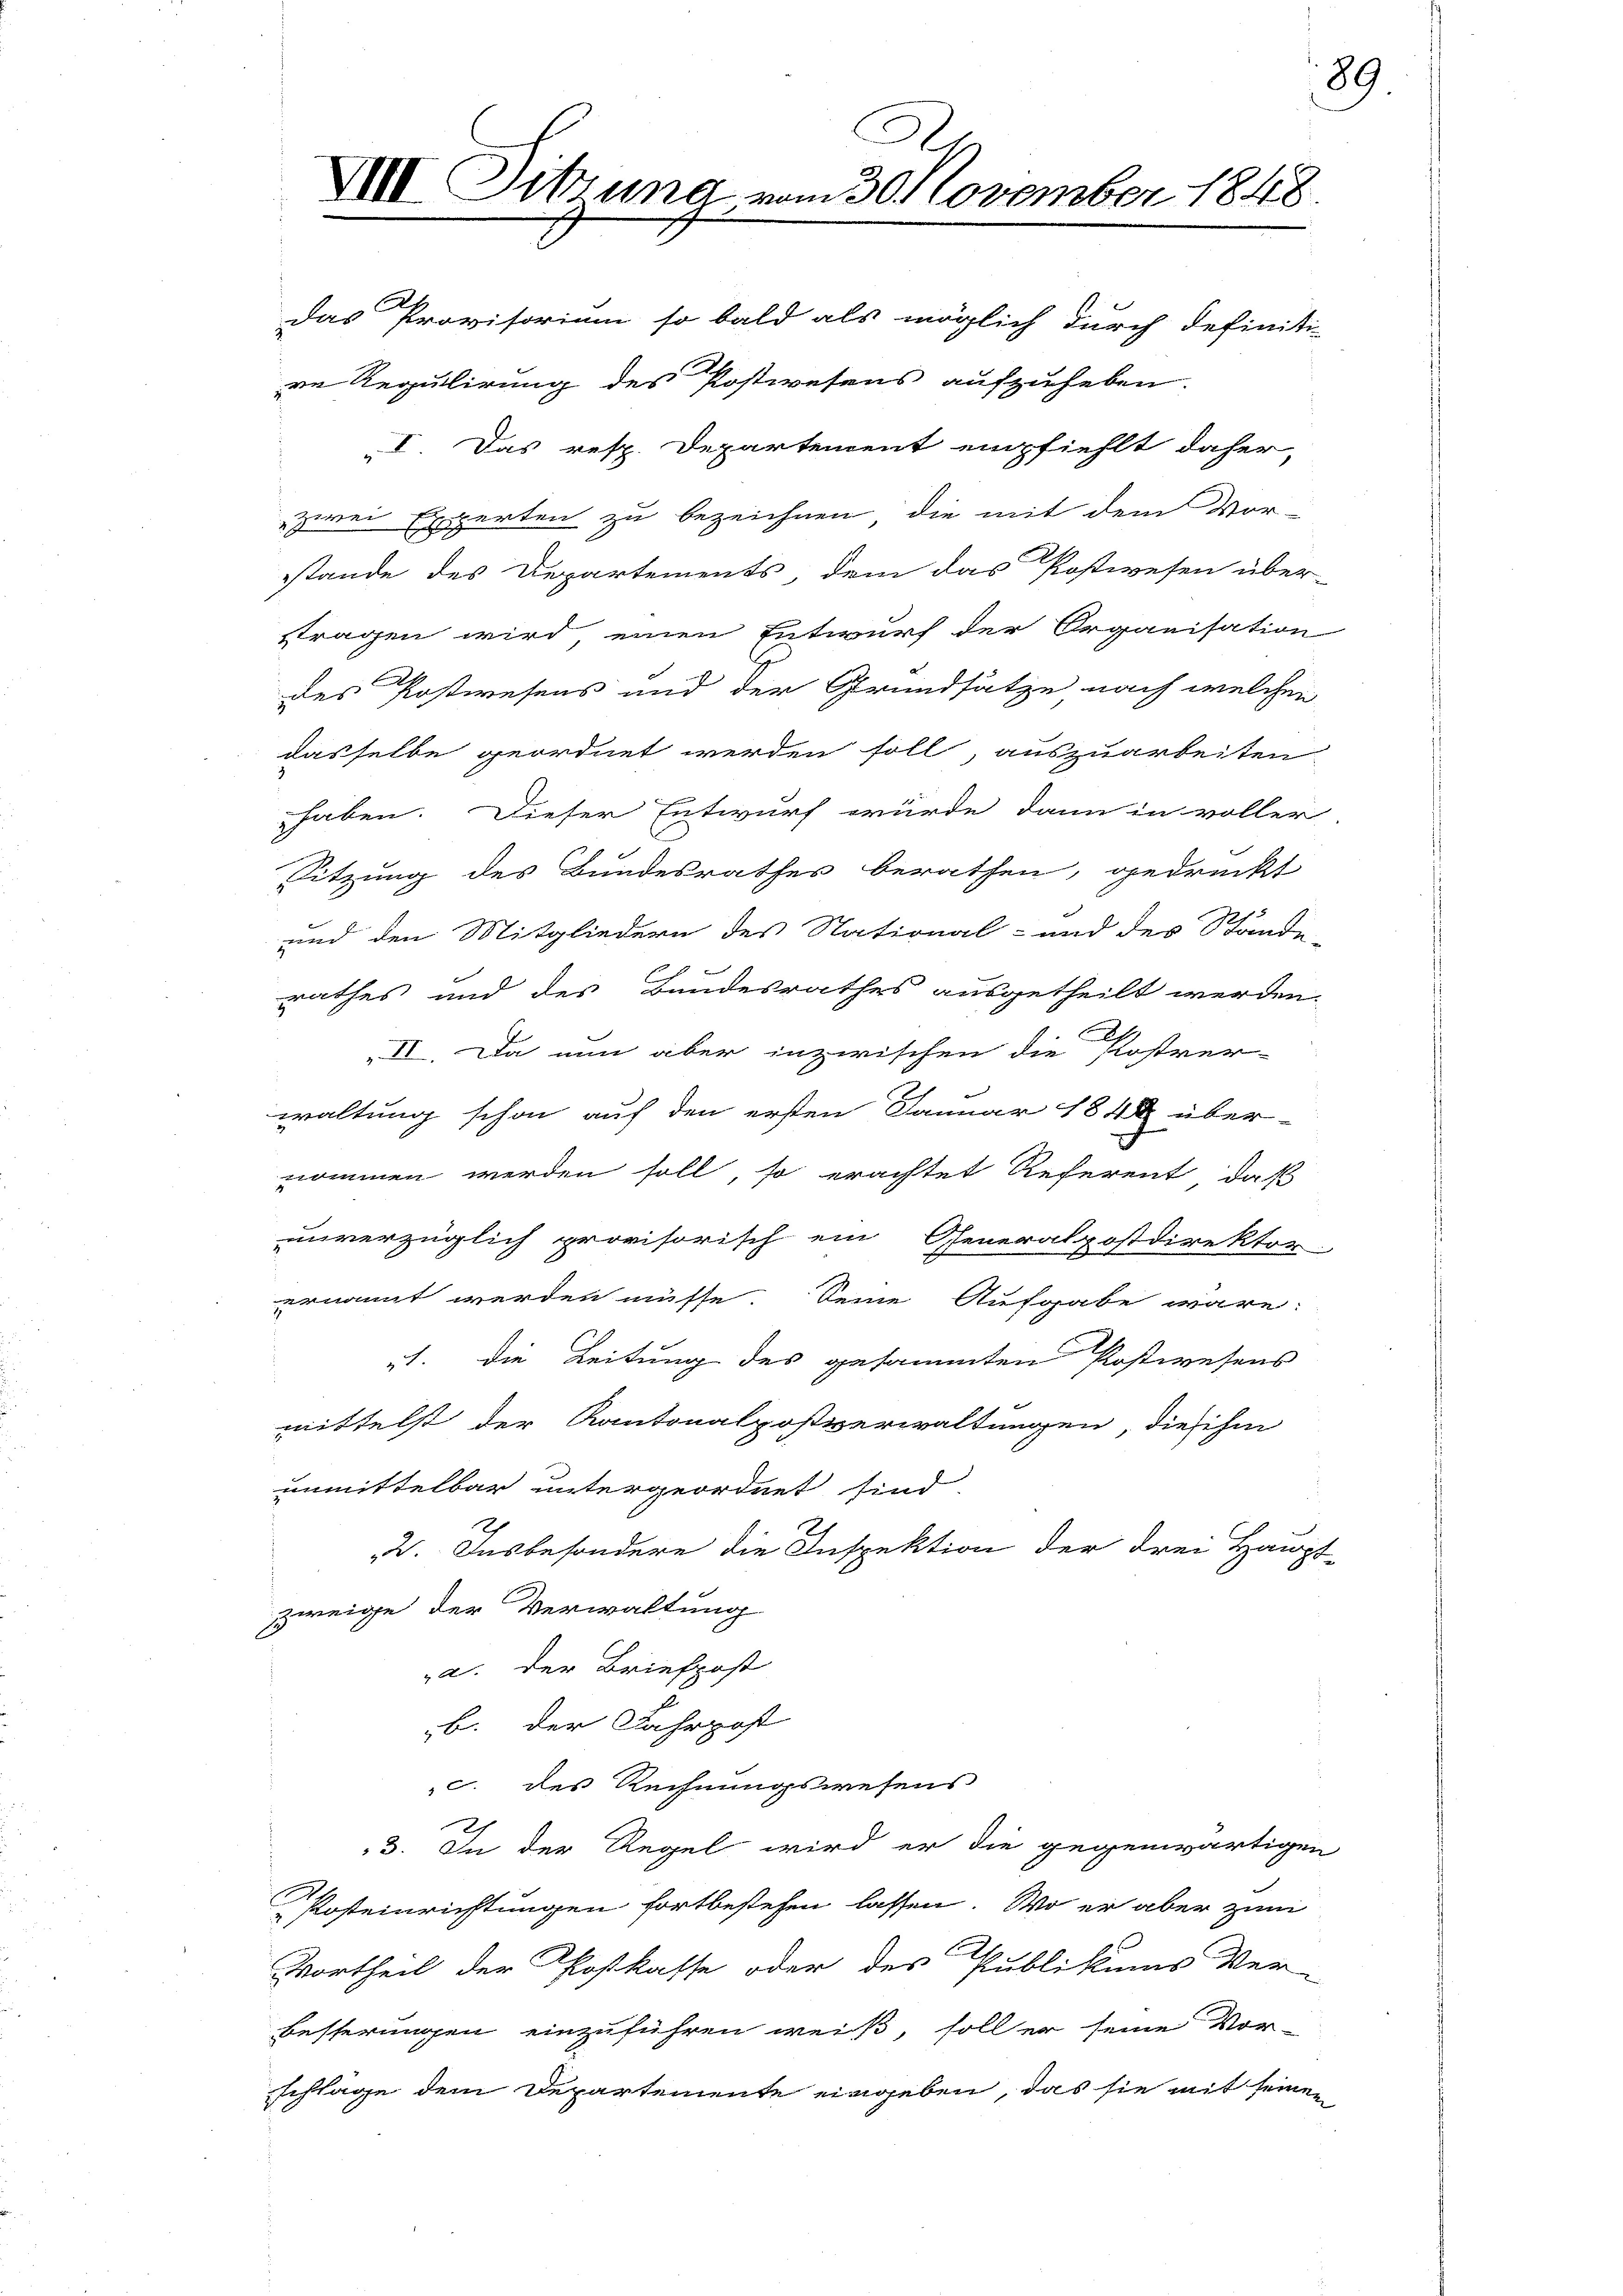
re Regulirung des Postwesens aufzuheben.
zwei Experten zu bezeichnen, die mit dem Vor-
stande des Departements, dem das Postwesen über-
stragen wird einen Entwurf der Organisation
des Postwesens und der Grundsätze nach welchen
dasselbe geordnet werden soll, auszuarbeiten
haben. Dieser Entwurf würde dann in voller
Sitzung des Bundesrathes berathen, gedruckt

und den Mitgliedern des National- und des Stande
rathes und des Bundesrathes ausgetheilt werden.
G
VI. Da nun aber inzwischen die Postver-
waltung schon auf den ersten Januar 1848 über-
nommen werden soll, so erachtet Referent, daß
unverzüglich provisorisch ein Generalpostdirektor
ernannt werden müsse. Seine Aufgabe wäre:
3
t. die Leitung des gesammten Postwesens
mittelst der Kantonalpostverwaltungen, dies ihm
unmittelbar untergeordnet sind
3. Insbesondere die Inspektion der drei Haupt-
zweige der Verwaltung
a. der Briefpost
b. der Fahrpost
c. des Rechnungswesens
3. In der Regel wird er die gegenwärtigen
Posteinrichtungen fortbestehen lassen. Wo er aber zum
Vortheil der Postkasse oder des Publikums Ver-
besserungen einzuführen weiß, soll er seine Vor-
sschlage dem Departemente eingeben, das sie mit seinen

XIII Sitzung vom 3. November 1848
Das Provisorium so bald als möglich durch definiti-

„I. Das resp. Departement empfiehlt daher,

89.